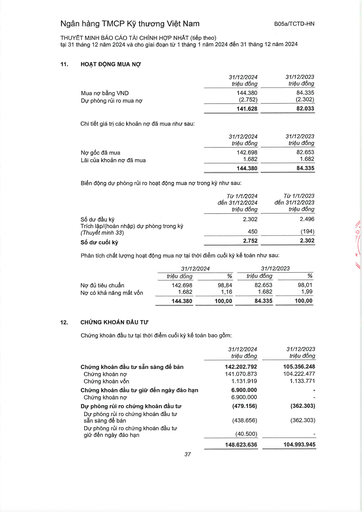
||31/12/2024 triệu đồng|31/12/2023 triệu đồng| |---|---|---| |Mua nợ bằng VND|144.380|84.335| |Dự phòng rủi ro mua nợ|(2.752)|(2.302)| ||141.628|82.033| ||31/12/2024 triệu đồng|31/12/2023 triệu đồng| |---|---|---| |Nợ gốc đã mua|142.698|82.653| |Lãi của khoản nợ đã mua|1.682|1.682| ||144.380|84.335| ||Từ 1/1/2024 đến 31/12/2024 triệu đồng|Từ 1/1/2023 đến 31/12/2023 triệu đồng| |---|---|---| |Số dư đầu kỳ|2.302|2.496| |Trích lập/(hoàn nhập) dự phòng trong kỳ (Thuyết minh 33)|450|(194)| |Số dư cuối kỳ|2.752|2.302| ||31/12/2024||31/12/2023|| |---|---|---|---|---| ||triệu đồng|%|triệu đồng|%| |Nợ đủ tiêu chuẩn|142.698|98,84|82.653|98,01| |Nợ có khả năng mất vốn|1.682|1,16|1.682|1,99| ||144.380|100,00|84.335|100,00| ||31/12/2024 triệu đồng|31/12/2023 triệu đồng| |---|---|---| |Chứng khoán đầu tư sẵn sàng để bán|142.202.792|105.356.248| |Chứng khoán nợ|141.070.873|104.222.477| |Chứng khoán vốn|1.131.919|1.133.771| |Chứng khoán đầu tư giữ đến ngày đáo hạn|6.900.000|| |Chứng khoán nợ|6.900.000|| |Dự phòng rủi ro chứng khoán đầu tư|(479.156)|(362.303)| |Dự phòng rủi ro chứng khoán đầu tư sẵn sàng để bán|(438.656)|(362.303)| |Dự phòng rủi ro chứng khoán đầu tư giữ đến ngày đáo hạn|(40.500)|| ||148.623.636|104.993.945|